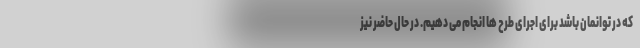
که در توانمان باشد برای اجرای طرح ها انجام می دهیم. در حال حاضر نیز